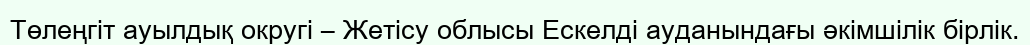
Төлеңгіт ауылдық округі – Жетісу облысы Ескелді ауданындағы әкімшілік бірлік.